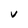
Character: v